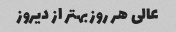
عالی هر روز بهتر از دیروز